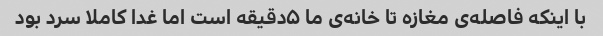
با اینکه فاصله‌ی مغازه تا خانه‌ی ما ۵دقیقه است اما غدا کاملا سرد بود